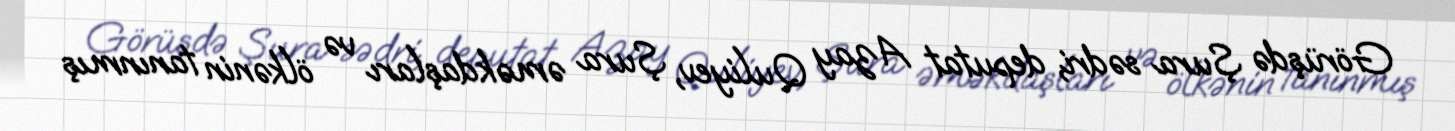
Görüşdə Şura sədri, deputat Azay Quliyev, Şura əməkdaşları və ölkənin tanınmış